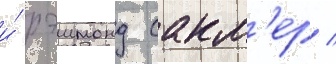
и́ рэимонд сакл'ер /